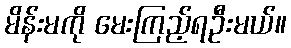
မိန်းမကို မေးကြည့်ရဦးမယ်။